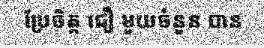
ប្រែចិត្ត ជឿ មួយចំនួន បាន